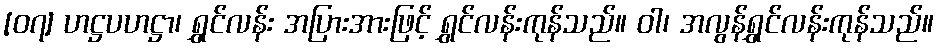
[၀၇] ဟဋ္ဌပဟဋ္ဌာ၊ ရွှင်လန်း အပြားအားဖြင့် ရွှင်လန်းကုန်သည်။ ဝါ၊ အလွန်ရွှင်လန်းကုန်သည်။